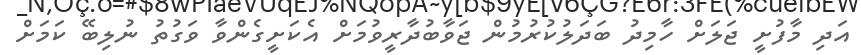
އަދި މާފުށީ ޖަލަށް ހާމިދު ބަދަލުކުރުމުން ޖަވާބުދާރީވުމަށް އެކަށީގެންވާ ވަގުތު ނުލިބޭ ކަމަށް